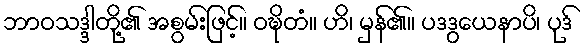
ဘာဝသဒ္ဒါတို့၏ အစွမ်းဖြင့်။ ဝဍ္ဎိတံ။ ဟိ၊ မှန်၏။ ပဒဒွယေနာပိ၊ ပုဒ်